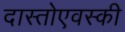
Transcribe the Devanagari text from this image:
दास्तोएवस्की